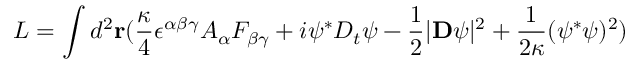
L = \int d ^ { 2 } { \bf r } ( { \frac { \kappa } { 4 } } \epsilon ^ { \alpha \beta \gamma } A _ { \alpha } F _ { \beta \gamma } + i \psi ^ { \ast } D _ { t } \psi - { \frac { 1 } { 2 } } | { \bf D } \psi | ^ { 2 } + { \frac { 1 } { 2 \kappa } } ( \psi ^ { \ast } \psi ) ^ { 2 } )